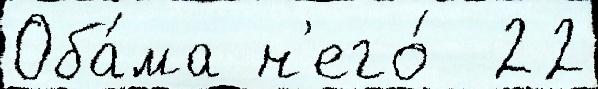
Оба́ма н'его́  22